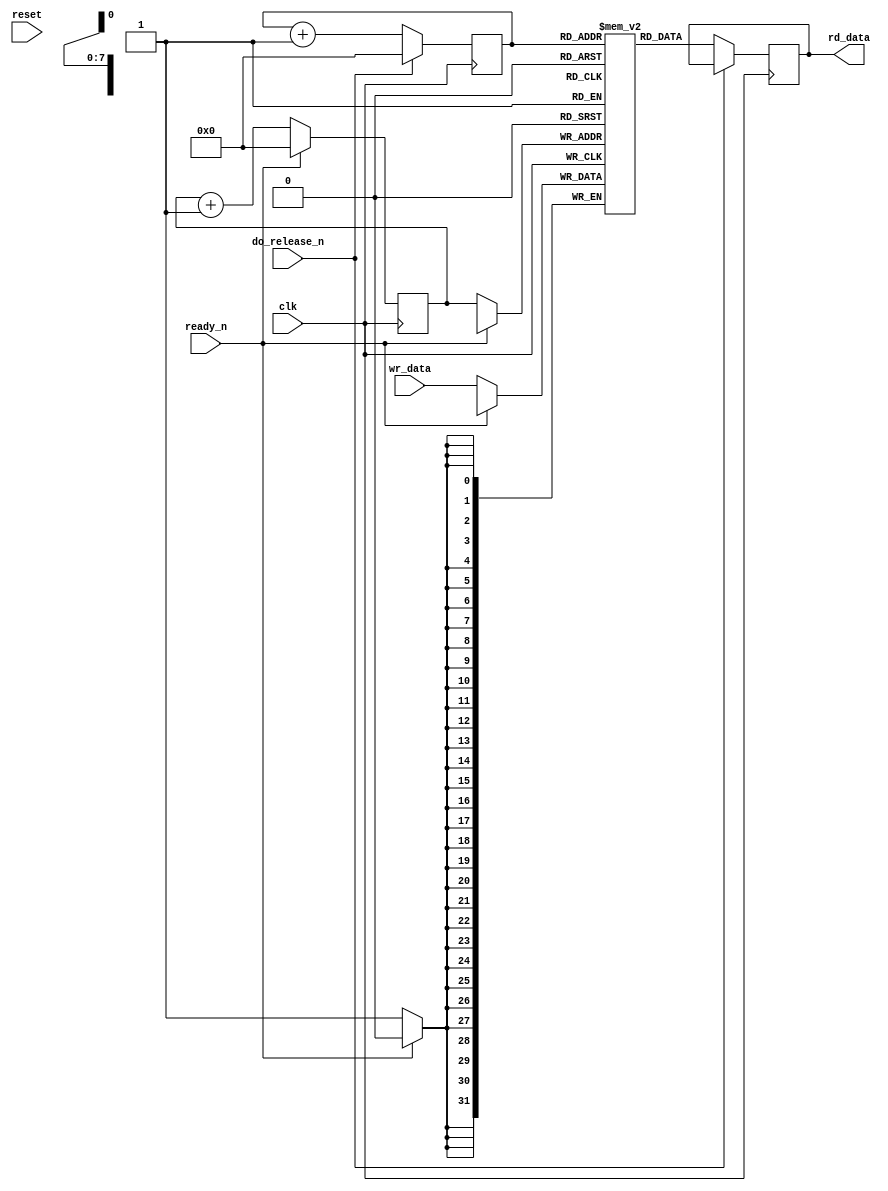
//
// The ADI JESD204 Core is released under the following license, which is
// different than all other HDL cores in this repository.
//
// Please read this, and understand the freedoms and responsibilities you have
// by using this source code/core.
//
// The JESD204 HDL, is copyright  2016-2017 Analog Devices Inc.
//
// This core is free software, you can use run, copy, study, change, ask
// questions about and improve this core. Distribution of source, or resulting
// binaries (including those inside an FPGA or ASIC) require you to release the
// source of the entire project (excluding the system libraries provide by the
// tools/compiler/FPGA vendor). These are the terms of the GNU General Public
// License version 2 as published by the Free Software Foundation.
//
// This core  is distributed in the hope that it will be useful, but WITHOUT ANY
// WARRANTY; without even the implied warranty of MERCHANTABILITY or FITNESS FOR
// A PARTICULAR PURPOSE. See the GNU General Public License for more details.
//
// You should have received a copy of the GNU General Public License version 2
// along with this source code, and binary.  If not, see
// <http://www.gnu.org/licenses/>.
//
// Commercial licenses (with commercial support) of this JESD204 core are also
// available under terms different than the General Public License. (e.g. they
// do not require you to accompany any image (FPGA or ASIC) using the JESD204
// core with any corresponding source code.) For these alternate terms you must
// purchase a license from Analog Devices Technology Licensing Office. Users
// interested in such a license should contact jesd204-licensing@analog.com for
// more information. This commercial license is sub-licensable (if you purchase
// chips from Analog Devices, incorporate them into your PCB level product, and
// purchase a JESD204 license, end users of your product will also have a
// license to use this core in a commercial setting without releasing their
// source code).
//
// In addition, we kindly ask you to acknowledge ADI in any program, application
// or publication in which you use this JESD204 HDL core. (You are not required
// to do so; it is up to your common sense to decide whether you want to comply
// with this request or not.) For general publications, we suggest referencing :
// The design and implementation of the JESD204 HDL Core used in this project
// is copyright  2016-2017, Analog Devices, Inc.
//

`timescale 1ns/100ps

module elastic_buffer #(
  parameter WIDTH = 32,
  parameter SIZE = 256
) (
  input clk,
  input reset,

  input [WIDTH-1:0] wr_data,

  output reg [WIDTH-1:0] rd_data,

  input ready_n,
  input do_release_n
);

localparam ADDR_WIDTH = SIZE > 128 ? 7 :
  SIZE > 64 ? 6 :
  SIZE > 32 ? 5 :
  SIZE > 16 ? 4 :
  SIZE > 8 ? 3 :
  SIZE > 4 ? 2 :
  SIZE > 2 ? 1 : 0;

reg [ADDR_WIDTH:0] wr_addr = 'h00;
reg [ADDR_WIDTH:0] rd_addr = 'h00;
reg [WIDTH-1:0] mem[0:SIZE - 1];

always @(posedge clk) begin
  if (ready_n == 1'b1) begin
    wr_addr <= 'h00;
  end else begin
    mem[wr_addr] <= wr_data;
    wr_addr <= wr_addr + 1'b1;
  end
end

always @(posedge clk) begin
  if (do_release_n == 1'b1) begin
    rd_addr <= 'h00;
  end else begin
    rd_addr <= rd_addr + 1'b1;
    rd_data <= mem[rd_addr];
  end
end

endmodule